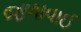
જળાવાઈ